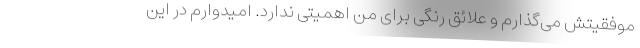
موفقیتش می‌گذارم و علائق رنگی برای من اهمیتی ندارد. امیدوارم در این